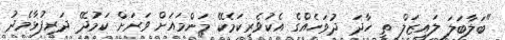
"ބަލާބަލަ ލައިޒަލް ތީ ހާދަ ދުވަހެއްގެ އެކުވެރިކަމެކޭ މަންމައަށް ވަރަށް ކަމުދޭ ދަރިފުޅާމެދު